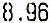
8.96